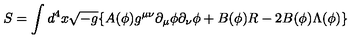
S = \int d ^ { 4 } x \sqrt { - g } \{ A ( \phi ) g ^ { \mu \nu } \partial _ { \mu } \phi \partial _ { \nu } \phi + B ( \phi ) R - 2 B ( \phi ) \Lambda ( \phi ) \}